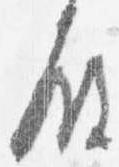
殿